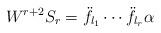
LaTeX: \begin{align*}W^{r+2}S_r=\ddot{f}_{l_1}\cdots\ddot{f}_{l_r}\alpha\end{align*}